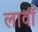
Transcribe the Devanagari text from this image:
लावाँ